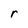
Character: r